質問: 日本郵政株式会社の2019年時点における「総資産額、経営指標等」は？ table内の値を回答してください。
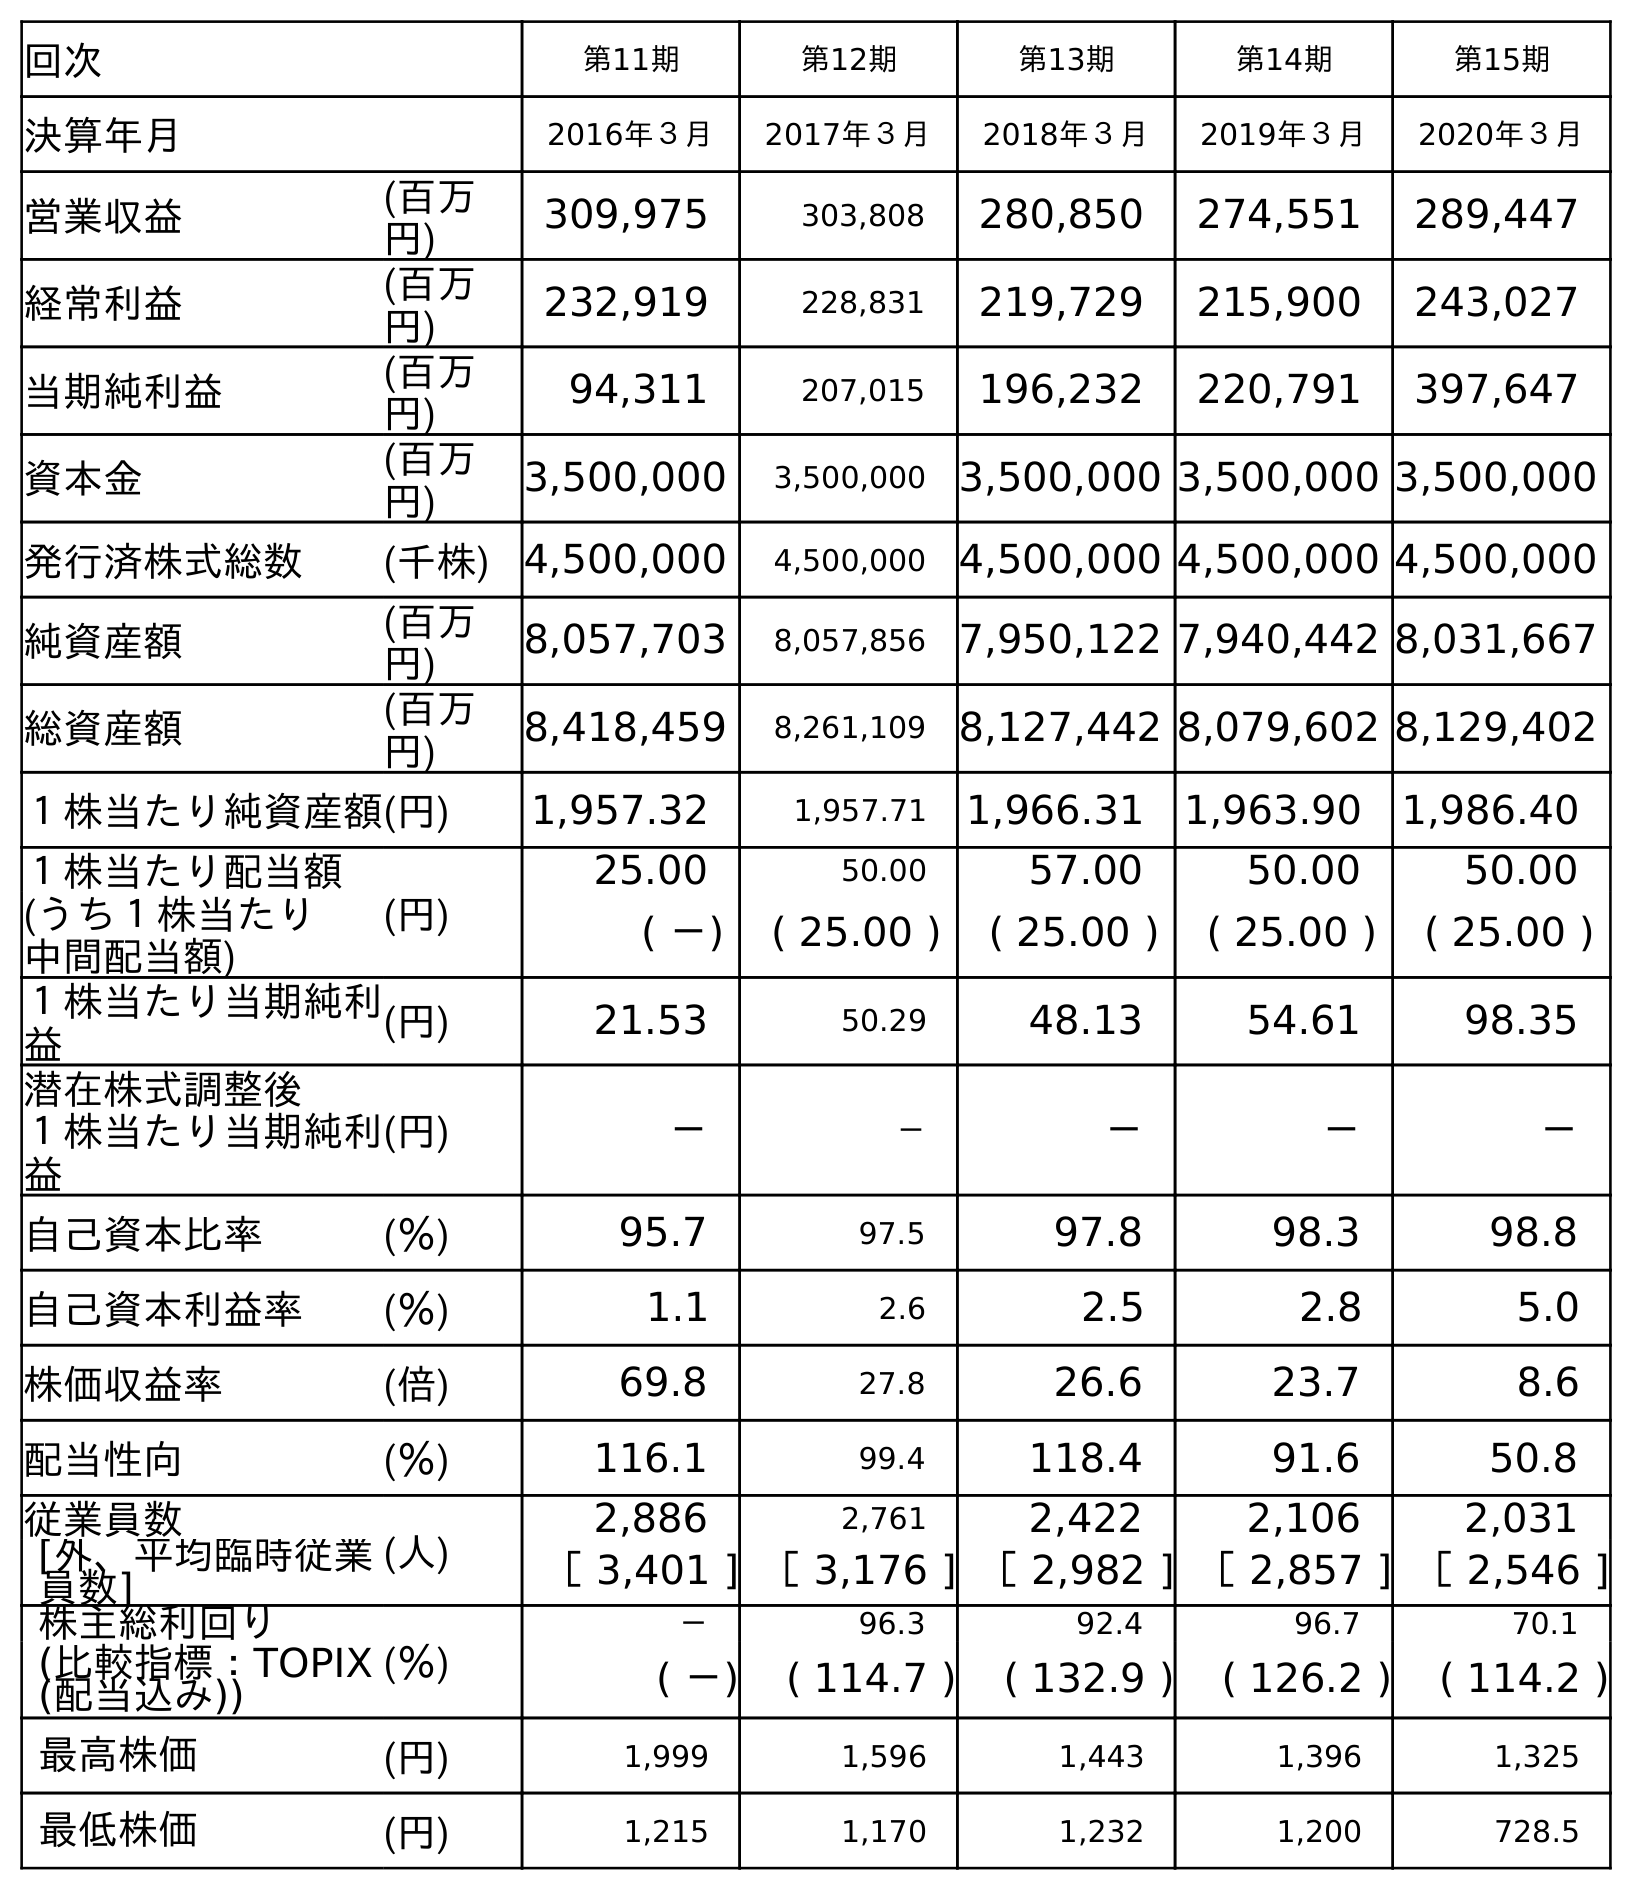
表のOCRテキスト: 回次 第11期 第12期 第13期 第14期 第15期 決算年月 2016年３月 2017年３月 2018年３月 2019年３月 2020年３月 営業収益 (百万 円) 309,975 303,808 280,850 274,551 289,447 経常利益 (百万 円) 232,919 228,831 219,729 215,900 243,027 当期純利益 (百万 円) 94,311 207,015 196,232 220,791 397,647 資本金 (百万 円) 3,500,000 3,500,000 3,500,000 3,500,000 3,500,000 発行済株式総数 (千株) 4,500,000 4,500,000 4,500,000 4,500,000 4,500,000 純資産額 (百万 円) 8,057,703 8,057,856 7,950,122 7,940,442 8,031,667 総資産額 (百万 円) 8,418,459 8,261,109 8,127,442 8,079,602 8,129,402 １株当たり純資産額(円) 1,957.32 1,957.71 1,966.31 1,963.90 1,986.40 １株当たり配当額 (円) 25.00 50.00 57.00 50.00 50.00 (うち１株当たり 中間配当額) ( －) ( 25.00 ) ( 25.00 ) ( 25.00 ) ( 25.00 ) １株当たり当期純利 益 (円) 21.53 50.29 48.13 54.61 98.35 潜在株式調整後 １株当たり当期純利 益 (円) － － － － － 自己資本比率 (％) 95.7 97.5 97.8 98.3 98.8 自己資本利益率 (％) 1.1 2.6 2.5 2.8 5.0 株価収益率 (倍) 69.8 27.8 26.6 23.7 8.6 配当性向 (％) 116.1 99.4 118.4 91.6 50.8 従業員数 (人) 2,886 2,761 2,422 2,106 2,031 [外、平均臨時従業 員数] ［ 3,401 ] ［ 3,176 ] ［ 2,982 ] ［ 2,857 ] ［ 2,546 ] 株主総利回り (％) － 96.3 92.4 96.7 70.1 (比較指標：TOPIX (配当込み)) ( －) ( 114.7 ) ( 132.9 ) ( 126.2 ) ( 114.2 ) 最高株価 (円) 1,999 1,596 1,443 1,396 1,325 最低株価 (円) 1,215 1,170 1,232 1,200 728.5
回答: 8,079,602